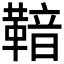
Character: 𮧡